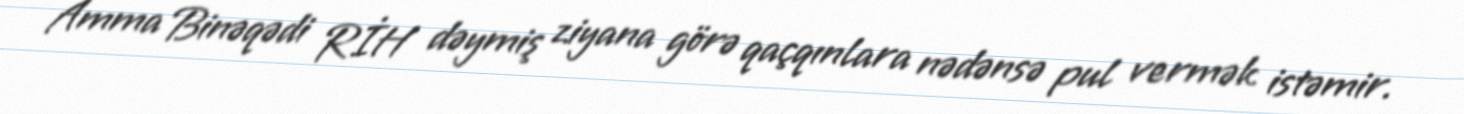
Amma Binəqədi RİH dəymiş ziyana görə qaçqınlara nədənsə pul vermək istəmir.